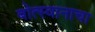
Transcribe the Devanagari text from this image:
बोत्स्वानाचा